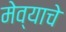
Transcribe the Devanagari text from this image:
मेव्याचे